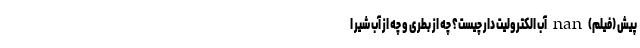
پیش (فیلم) nan آب الکترولیت دار چیست؟ چه از بطری و چه از آب شیر ا